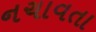
નચાવતા